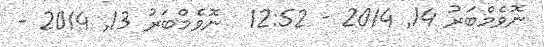
ނޮވެމްބަރު 14